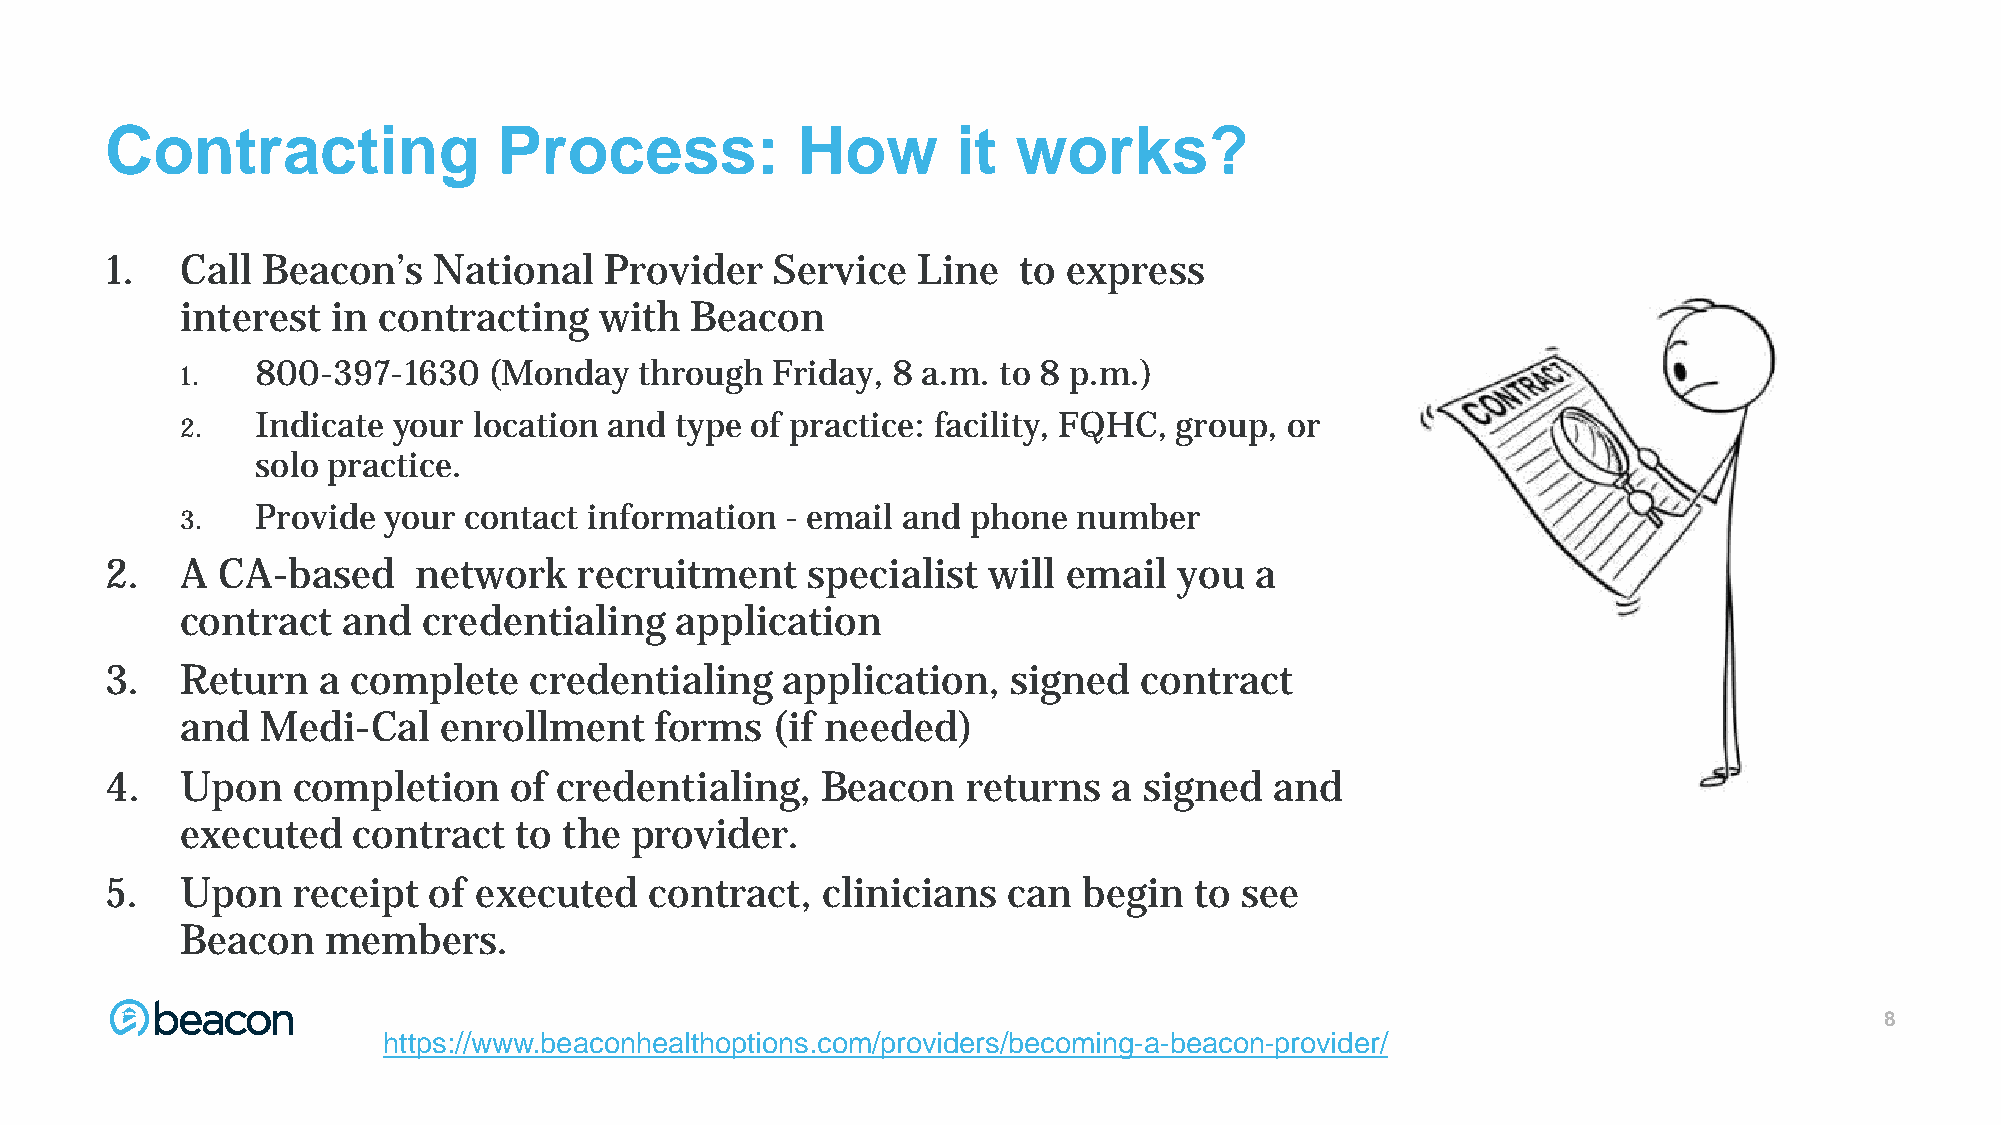
Contracting               Process:            How       it  works?
 1.   Call Beacon’s    National   Provider   Service   Line  to  express
 interest  in contracting    with  Beacon
 800-397-1630   (Monday   through  Friday, 8 a.m. to 8 p.m.)
 1.
 Indicate your location and  type of practice: facility, FQHC, group, or
 2.
 solo practice.
 Provide your  contact information  - email and phone  number
 3.
 2.   A CA-based     network    recruitment    specialist  will  email  you  a
 contract   and  credentialing    application
 3.   Return   a complete    credentialing    application,   signed  contract
 and  Medi-Cal    enrollment    forms   (if needed)
 4.   Upon   completion     of credentialing,   Beacon    returns   a signed  and
 executed   contract   to the  provider.
 5.   Upon   receipt  of executed    contract,  clinicians   can  begin  to see
 Beacon    members.
 8888
 https://www.beaconhealthoptions.com/providers/becoming-a-beacon-provider/